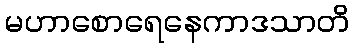
မဟာစောရေနေကာဒသာတိ